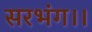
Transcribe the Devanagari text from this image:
सरभंग।।